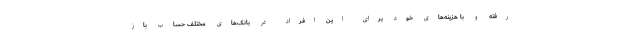
رفته و با هزینه‌های خود برای این افراد در بانک‌های مختلف حساب باز